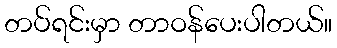
တပ်ရင်းမှာ တာဝန်ပေးပါတယ်။